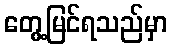
တွေ့မြင်ရသည်မှာ